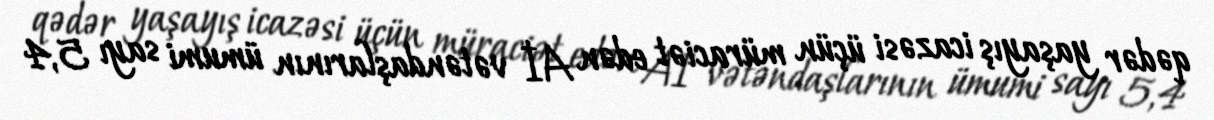
qədər yaşayış icazəsi üçün müraciət edən Aİ vətəndaşlarının ümumi sayı 5,4